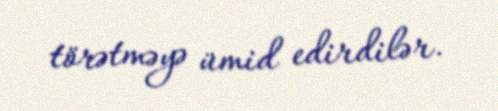
törətməyə ümid edirdilər.